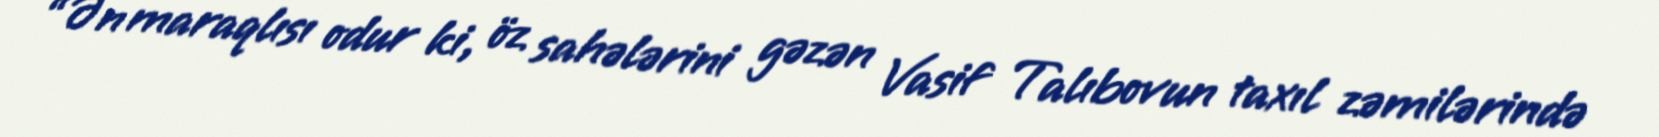
“Ən maraqlısı odur ki, öz sahələrini gəzən Vasif Talıbovun taxıl zəmilərində